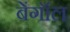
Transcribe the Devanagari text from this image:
बेंगॉल